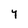
Character: Y